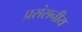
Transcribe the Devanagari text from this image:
प्रसंसनीय